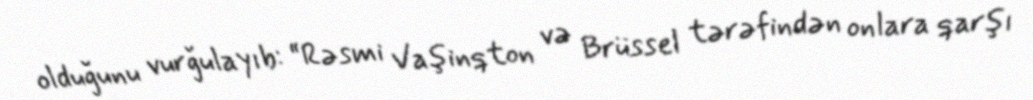
olduğunu vurğulayıb: “Rəsmi Vaşinqton və Brüssel tərəfindən onlara qarşı